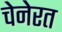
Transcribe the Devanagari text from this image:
चेनेरत